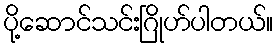
ပို့ဆောင်သင်းဂြိုဟ်ပါတယ်။